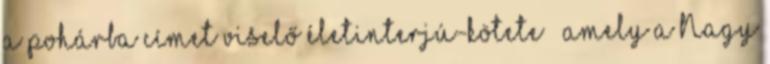
a pohárba címet viselő életinterjú-kötete – amely a Nagy